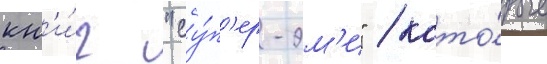
кн'и́г "су́п'ер-эм'и" / кото́рые